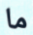
ما